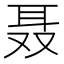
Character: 聂